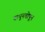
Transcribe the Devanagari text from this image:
चापूनचोपून